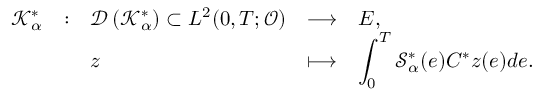
\begin{array} { l l l l l } { \mathcal { K } _ { \alpha } ^ { * } } & { : } & { \mathcal { D } \left( \mathcal { K } _ { \alpha } ^ { * } \right) \subset L ^ { 2 } ( 0 , T ; \mathcal { O } ) } & { \longrightarrow } & { E , } \\ & & { \hfill z } & { \longmapsto } & { \displaystyle \int _ { 0 } ^ { T } \mathcal { S } _ { \alpha } ^ { * } ( e ) C ^ { * } z ( e ) d e . } \end{array}